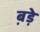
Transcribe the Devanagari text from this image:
ब़ड़े